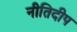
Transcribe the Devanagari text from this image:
नीतिदीप